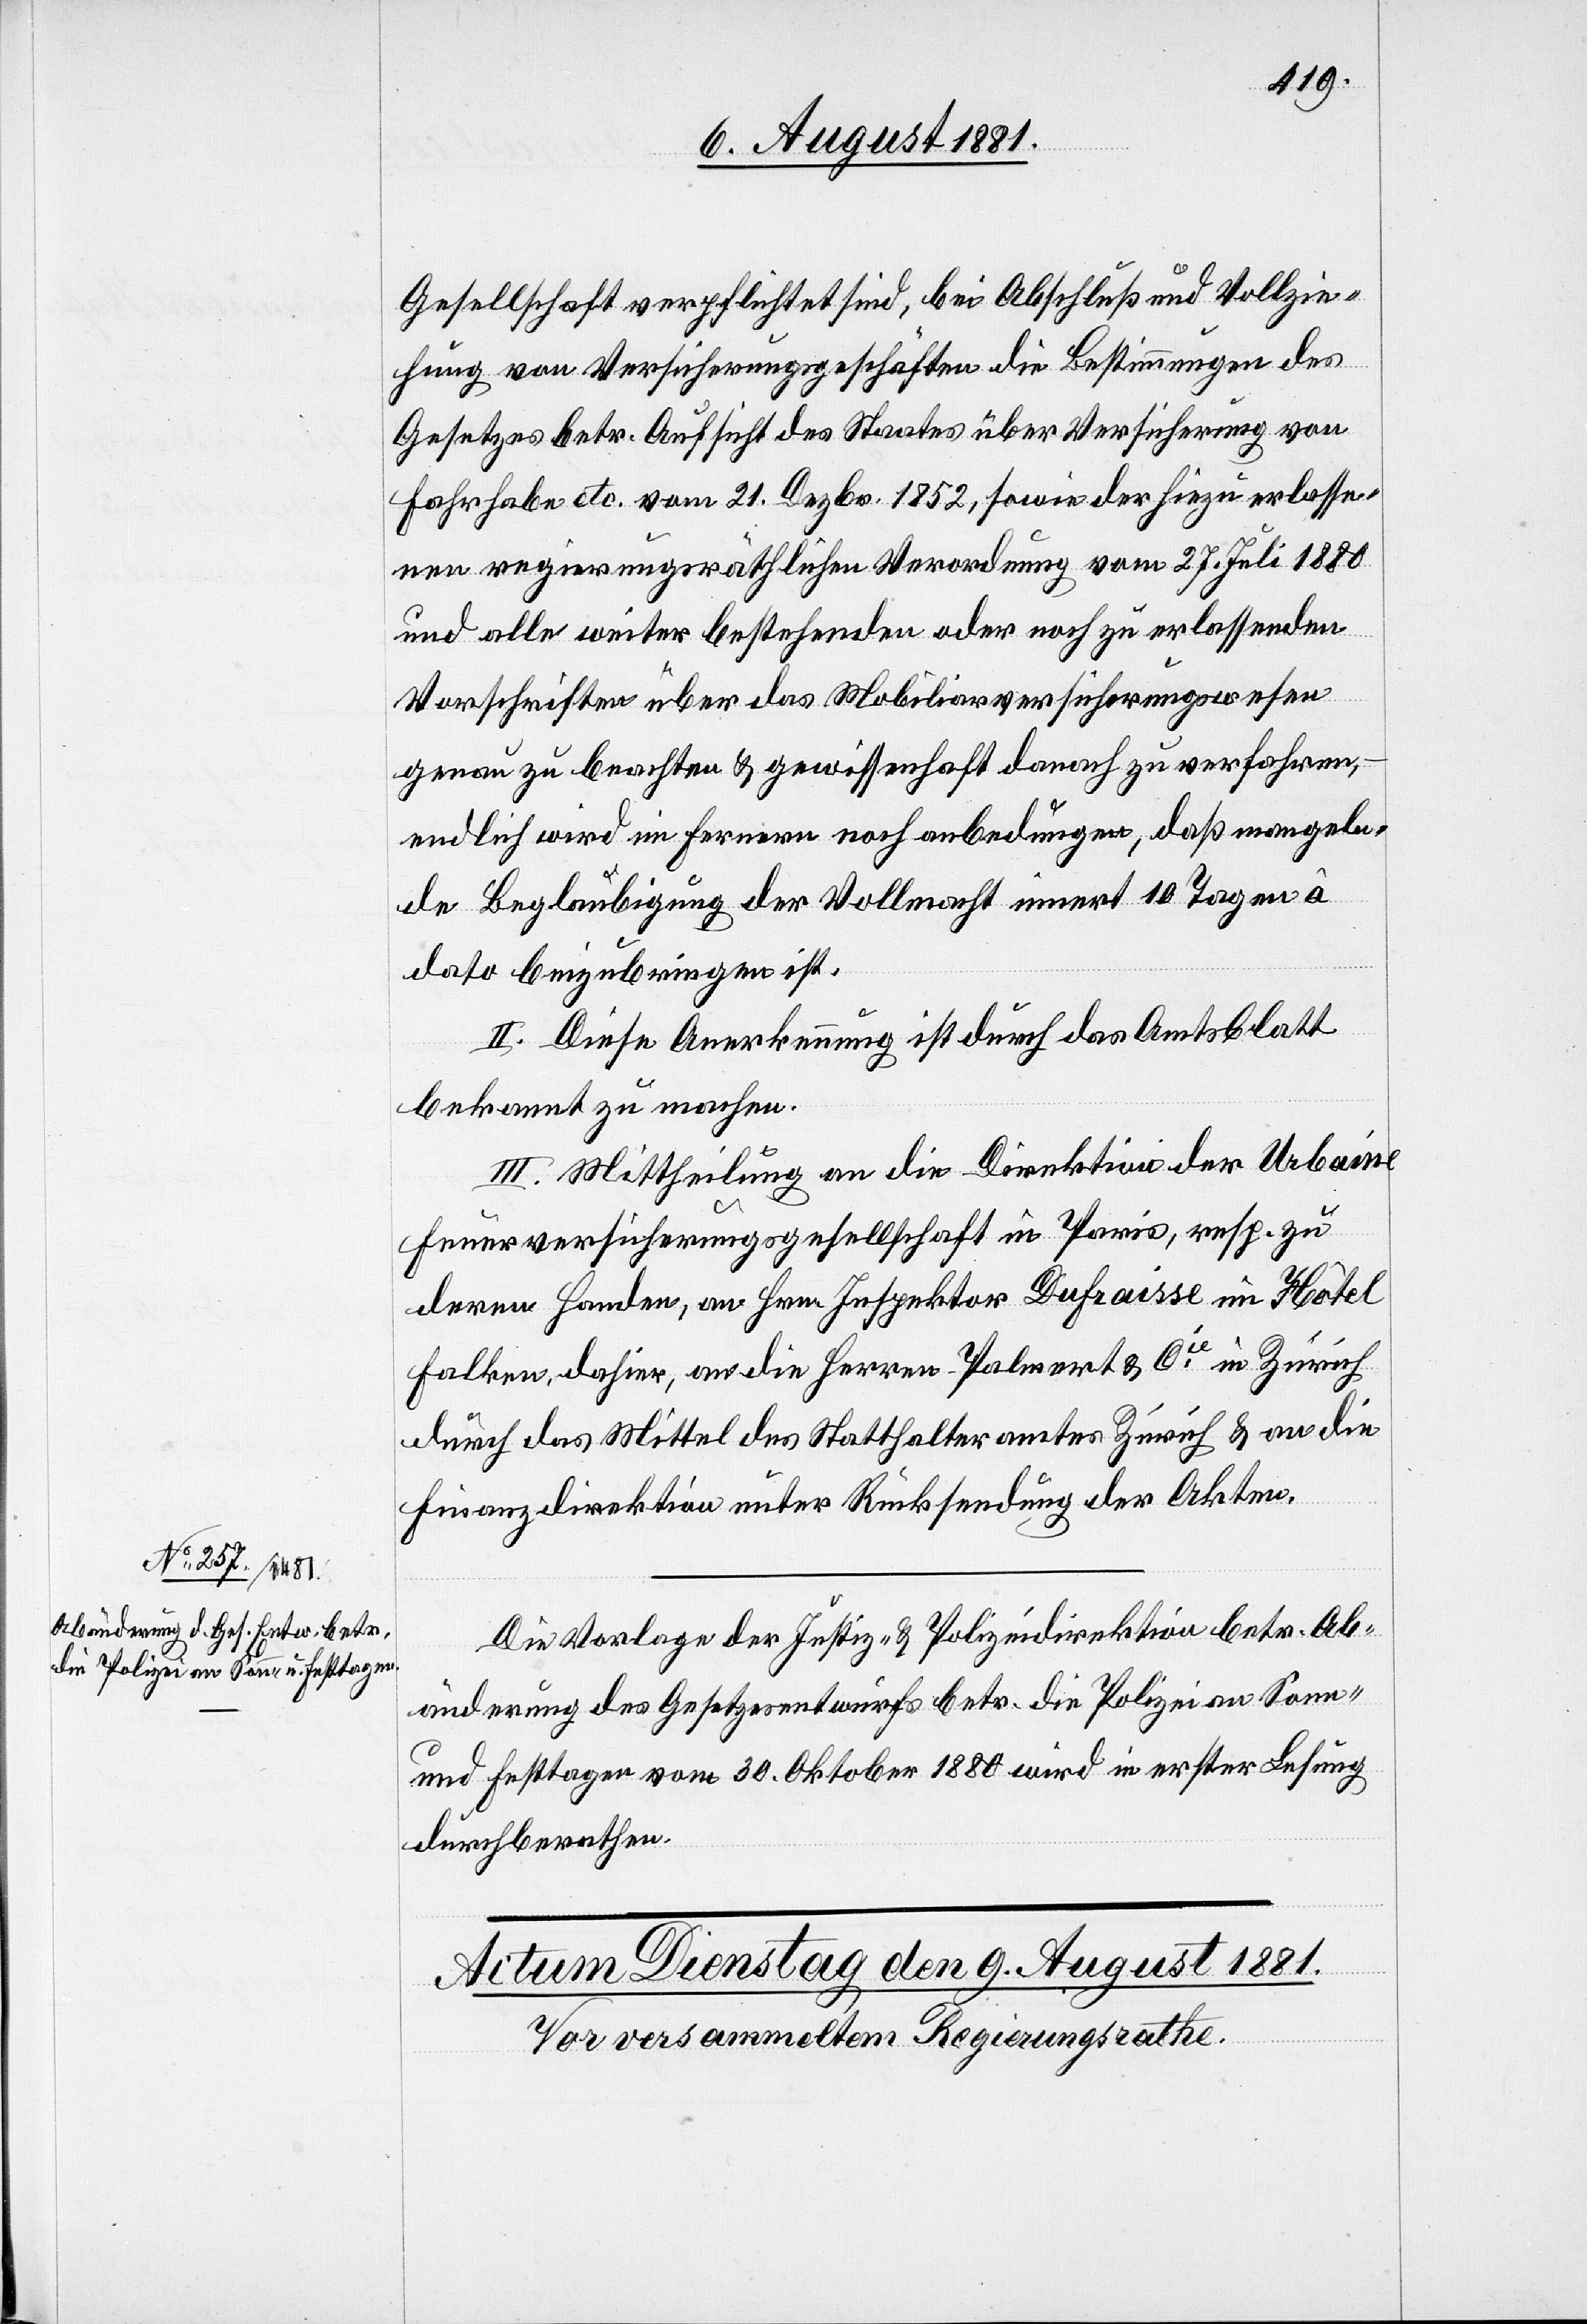
Gesellschaft verpflichtet sind, bei Abschluß und Vollzie¬
hung von Versicherungsgeschäften die Bestimmungen des
Gesetzes betr. Aufsicht des Staates über Versicherung von
Fahrhabe etc. vom 21. Dezb. 1852, sowie der hiezu erlasse¬
nen regierungsräthlichen Verordnung vom 27. Juli 1880
und alle weiter bestehenden oder noch zu erlassenden
Vorschriften über das Mobilarversicherungswesen
genau zu beachten & gewissenhaft danach zu verfahren,
endlich wird im Fernern noch anbedungen, daß mangeln¬
de Beglaubigung der Vollmacht innert 10 Tagen â
dato beizubringen ist.
II. Diese Anerkennung ist durch das Amtsblatt
bekannt zu machen.
III. Mittheilung an die Direktion der Urbaine
Feuerversicherungsgesellschaft in Paris, resp. zu
deren Handen, an Hrn. Inspektor Dufraisse im Hôtel
Falken, dahier, an die Herren Palmert & Cie in Zürich
durch das Mittel des Statthalteramtes Zürich & an die
Finanzdirektion unter Rücksendung der Akten.
Die Vorlage der Justiz- & Polizeidirektion betr. Ab¬
änderung des Gesetzesentwurfs betr. die Polizei an Sonn-
und Festtagen vom 30. Oktober 1880 wird in erster Lesung
durchberathen.